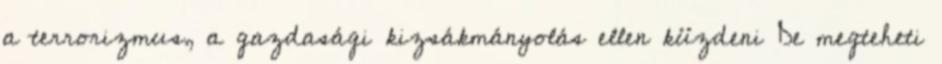
a terrorizmus, a gazdasági kizsákmányolás ellen küzdeni De megteheti